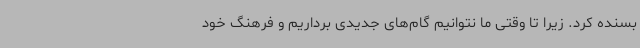
بسنده کرد. زیرا تا وقتی ما نتوانیم گام‌های جدیدی برداریم و فرهنگ خود